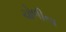
ચોળીના